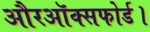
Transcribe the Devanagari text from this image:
औरऑक्सफोर्ड।